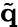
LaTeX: \tilde{\mathbf{q}}